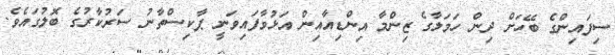
ސިފައިންގެ ބޭހަށް ދިން ހަމަލާގެ ޒިންމާ އިންޑިއާއިން އަޅުވާފައިވަނީ ޕާކިސްތާނު ސަރުކާރުގެ ބޮލުގައެވެ.